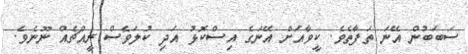
ސަބަބުން އޭނަ ތަފާތެވެ. ކީވާއަށް އޭނަގެ އިސްކޮޅު އަދި ކުލަވެސް ރީއްޗެއް ނޫނެވެ.